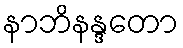
နာဘိနန္ဒတော